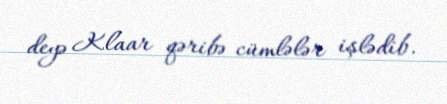
deyə Klaar qəribə cümlələr işlədib.